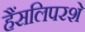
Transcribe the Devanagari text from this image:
हैंसलिपरशे